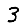
Digit: 3